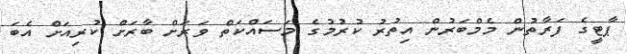
ޕާޓީގެ ފަރާތުން މެމްބަރުން އިތުރު ކުރުމުގެ މަސައްކަތް ވަރަށް ބާރަށް ކުރިއަށް އެބަ